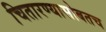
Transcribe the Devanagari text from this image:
चितारण्यासोबतच